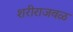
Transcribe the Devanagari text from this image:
शरीराजवळ